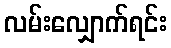
လမ်းလျှောက်ရင်း